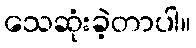
သေဆုံးခဲ့တာပါ။